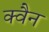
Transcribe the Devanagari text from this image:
क्वैन